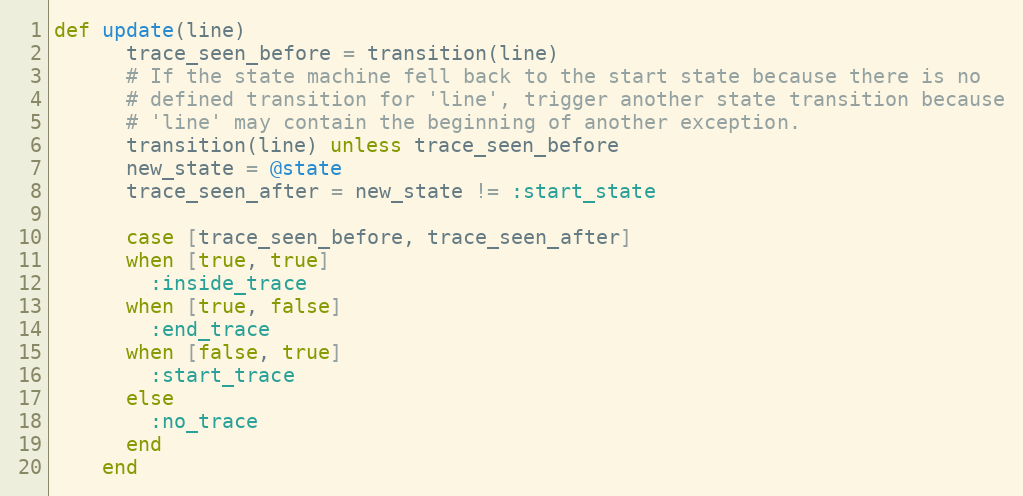
Language: Ruby
def update(line)
      trace_seen_before = transition(line)
      # If the state machine fell back to the start state because there is no
      # defined transition for 'line', trigger another state transition because
      # 'line' may contain the beginning of another exception.
      transition(line) unless trace_seen_before
      new_state = @state
      trace_seen_after = new_state != :start_state

      case [trace_seen_before, trace_seen_after]
      when [true, true]
        :inside_trace
      when [true, false]
        :end_trace
      when [false, true]
        :start_trace
      else
        :no_trace
      end
    end